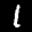
Label: 1